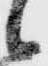
候